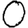
Digit: 0